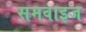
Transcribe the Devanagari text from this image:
समवाइज